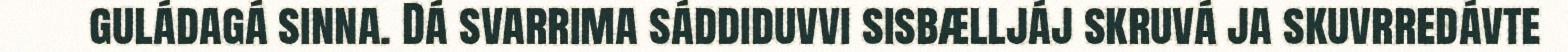
guládagá sinna. Dá svarrima sáddiduvvi sisbælljáj skruvá ja skuvrredávte